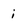
Character: i